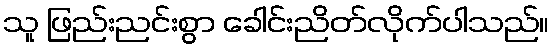
သူ ဖြည်းညင်းစွာ ခေါင်းညိတ်လိုက်ပါသည်။